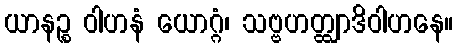
ယာနဉ္စ ဝါဟနံ ယောဂ္ဂံ၊ သဗ္ဗဟတ္ထျာဒိဝါဟနေ။